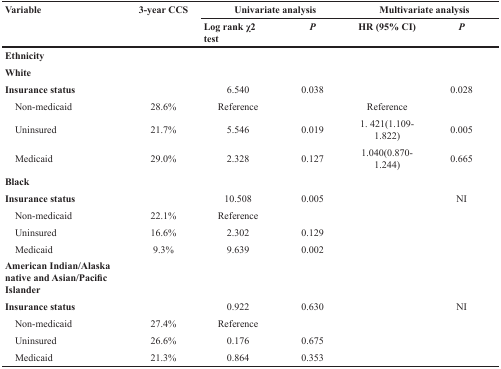
<table><thead><tr><td rowspan="2"><b>Variable</b></td><td rowspan="2"><b>3-year CCS</b></td><td colspan="2"><b>Univariate analysis</b></td><td colspan="2"><b>Multivariate analysis</b></td></tr><tr><td><b>Log rank χ<sup>2</sup> test</b></td><td><b><i>P</i></b></td><td><b>HR (95% CI)</b></td><td><b><i>P</i></b></td></tr></thead><tbody><tr><td><b>Ethnicity</b></td><td></td><td></td><td></td><td></td><td></td></tr><tr><td><b>White</b></td><td></td><td></td><td></td><td></td><td></td></tr><tr><td><b>Insurance status</b></td><td></td><td>6.540</td><td>0.038</td><td></td><td>0.028</td></tr><tr><td> Non-medicaid</td><td>28.6%</td><td>Reference</td><td></td><td>Reference</td><td></td></tr><tr><td> Uninsured</td><td>21.7%</td><td>5.546</td><td>0.019</td><td>1. 421(1.109-1.822)</td><td>0.005</td></tr><tr><td> Medicaid</td><td>29.0%</td><td>2.328</td><td>0.127</td><td>1.040(0.870-1.244)</td><td>0.665</td></tr><tr><td><b>Black</b></td><td></td><td></td><td></td><td></td><td></td></tr><tr><td><b>Insurance Status</b></td><td></td><td>10.508</td><td>0.005</td><td></td><td>NI</td></tr><tr><td> Non-Medicaid</td><td>22.1%</td><td>Reference</td><td></td><td></td><td></td></tr><tr><td> Uninsured</td><td>16.6%</td><td>2.302</td><td>0.129</td><td></td><td></td></tr><tr><td> Medicaid</td><td>9.3%</td><td>9.639</td><td>0.002</td><td></td><td></td></tr><tr><td><b>American Indian/Alaska native and Asian/Pacific Islander</b></td><td></td><td></td><td></td><td></td><td></td></tr><tr><td><b>Insurance Status</b></td><td></td><td>0.922</td><td>0.630</td><td></td><td>NI</td></tr><tr><td> Non-Medicaid</td><td>27.4%</td><td>Reference</td><td></td><td></td><td></td></tr><tr><td> Uninsured</td><td>26.6%</td><td>0.176</td><td>0.675</td><td></td><td></td></tr><tr><td> Medicaid</td><td>21.3%</td><td>0.864</td><td>0.353</td><td></td><td></td></tr></tbody></table>